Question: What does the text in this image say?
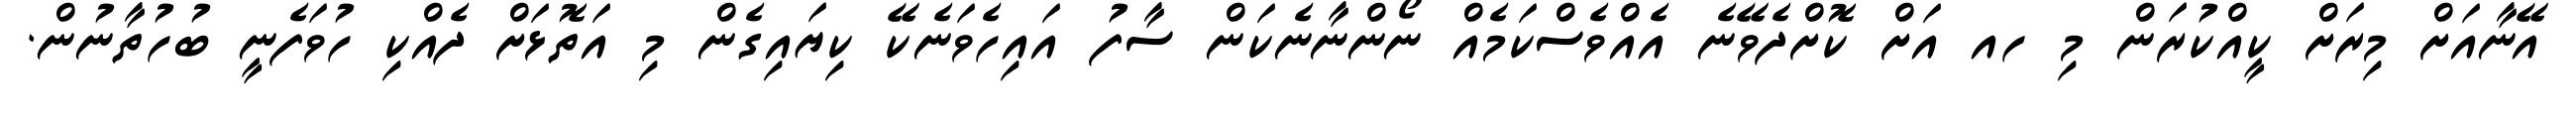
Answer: އޭނާއަށް މިރަށް ކީއްކުރަން މި ހއ އަށް ކޮށްދެވޭނެ އެއްވެސްކަމެއް ނޯންނާނެކަން ސާފު އައިހެވަނެކޭ ކިޔައިގެން މި އަތޮޅަށް ދެއްކި ހުވަފެނީ ބުހުތާނުން.